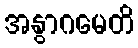
အနွာဂမေတိ